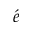
\acute { e }